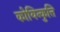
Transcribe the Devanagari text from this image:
कोयिन्कुत्ति